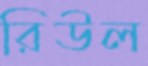
রিউল